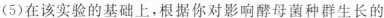
(5)在该实验的基础上，根据你对影响酵母菌种群生长的